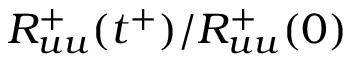
R _ { u u } ^ { + } ( t ^ { + } ) / R _ { u u } ^ { + } ( 0 )